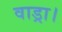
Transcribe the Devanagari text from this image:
वाड्रा।